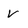
Character: V